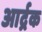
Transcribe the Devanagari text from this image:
आर्द्रक